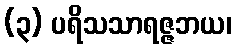
(၃) ပရိသသာရဇ္ဇဘယ၊